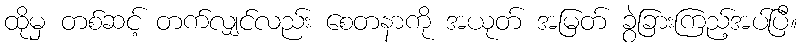
ထိုမှ တစ်ဆင့် တက်လျှင်လည်း စေတနာကို အယုတ် အမြတ် ခွဲခြားကြည့်အပ်ပြီ။